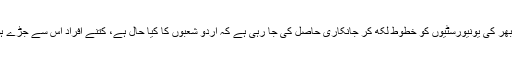
کرناٹک بھر کی یونیورسٹیوں کو خطوط لکھ کر جانکاری حاصل کی جا رہی ہے کہ اردو شعبوں کا کیا حال ہے، کتنے افراد اس سے جڑے ہوئے ہیں۔